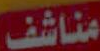
مناشف